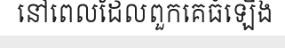
នៅពេលដែលពួកគេធំឡើង